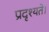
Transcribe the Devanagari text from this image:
प्रदृश्यते।